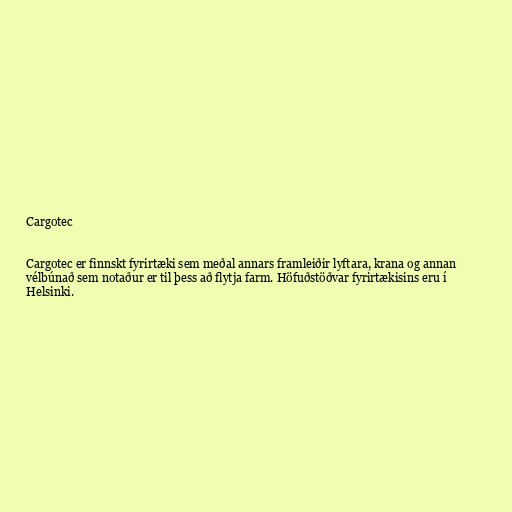
Cargotec

Cargotec er finnskt fyrirtæki sem meðal annars framleiðir lyftara, krana og annan
vélbúnað sem notaður er til þess að flytja farm. Höfuðstöðvar fyrirtækisins eru í
Helsinki.